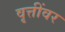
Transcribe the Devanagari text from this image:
वृत्तींवर